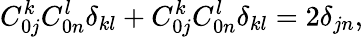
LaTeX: C_{0j}^{k}C_{0n}^{l}\delta_{kl}+C_{0j}^{k}C_{0n}^{l}\delta_{kl}=2\delta_{jn},